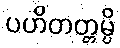
ပဟိတတ္တမ္ပိ